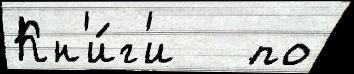
Кн'и́г'и   по